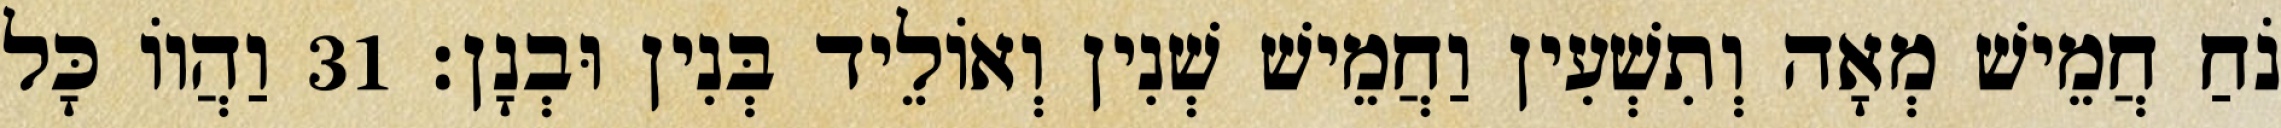
נֹחַ חֲמֵישׁ מְאָה וְתִשְׁעִין וַחֲמֵישׁ שְׁנִין וְאוֹלֵיד בְּנִין וּבְנָן׃ 31 וַהֲווֹ כָּל